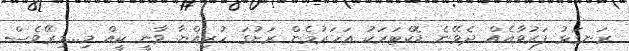
ރަނގަޅު ފަރުވާއެއް ދެވޭނެ ޑޮކްޓަރަކު އަހަރުމެން ރަށުގަ ހުރިއްޔާ ވާނީ ކީއް މި...މިރޭވެސް